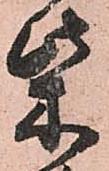
柴